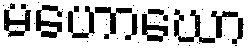
မဟောဃော